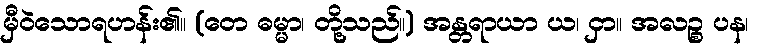
မှီဝဲသောရဟန်း၏။ (တေ ဓမ္မာ၊ တို့သည်။) အန္တရာယာ ယ၊ ငှာ။ အလဉ္စ ပန၊